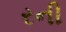
રની